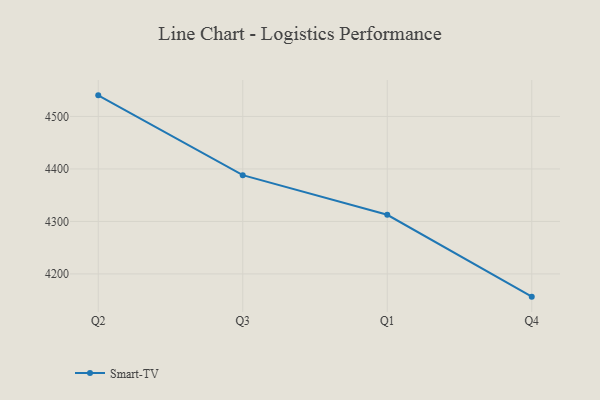
{"axis": {"x": "Quarter", "y": "Temperature (°C)"}, "legend": ["Smart-TV"], "data": [{"x": "Q2", "y": 4540.2, "type": "Smart-TV"}, {"x": "Q3", "y": 4388.1, "type": "Smart-TV"}, {"x": "Q1", "y": 4312.7, "type": "Smart-TV"}, {"x": "Q4", "y": 4156.7, "type": "Smart-TV"}]}